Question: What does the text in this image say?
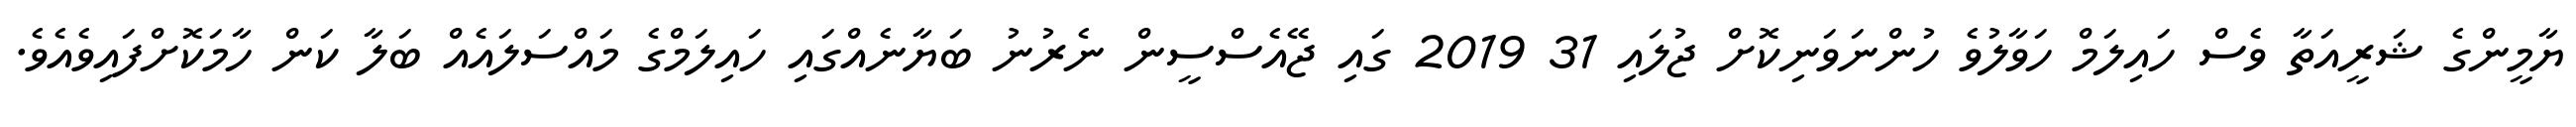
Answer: ޔާމީންގެ ޝަރީއަތާ ވެސް ހައިލަމް ހަވާލުވެ ހުންނަވަނިކޮށް ޖުލައި 31 2019 ގައި ޖޭއެސްސީން ނެރުނު ބަޔާނެއްގައި ހައިލަމްގެ މައްސަލައެއް ބަލާ ކަން ހާމަކޮށްފައިވެއެވެ.